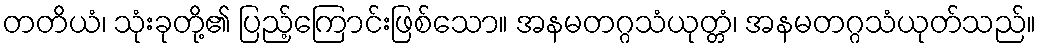
တတိယံ၊ သုံးခုတို့၏ ပြည့်ကြောင်းဖြစ်သော။ အနမတဂ္ဂသံယုတ္တံ၊ အနမတဂ္ဂသံယုတ်သည်။